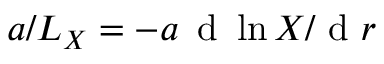
a / L _ { X } = - a \, \mathrm { ~ d ~ } \ln X / \mathrm { ~ d ~ } r